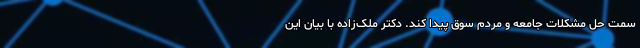
سمت حل مشکلات‌ جامعه و مردم سوق پیدا کند. دکتر ملک‌زاده با بیان این